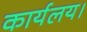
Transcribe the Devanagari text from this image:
कार्यलय।